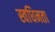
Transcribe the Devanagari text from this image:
स्वधिनता